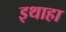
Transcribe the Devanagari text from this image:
इथाहा